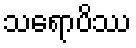
သရောပိဿ